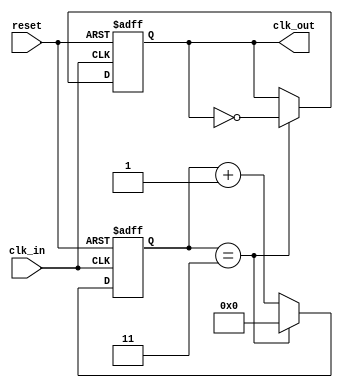
module ClockDivider #(
    parameter DIV_FACTOR = 4  // Default division factor
)(
    input wire clk_in,         // Input clock signal
    input wire reset,          // Asynchronous reset signal
    output reg clk_out         // Output divided clock signal
);

    // Internal counter
    reg [31:0] counter;        // Counter to keep track of clock cycles

    // Always block triggered on the rising edge of the input clock or reset
    always @(posedge clk_in or posedge reset) begin
        if (reset) begin
            counter <= 0;      // Reset the counter
            clk_out <= 0;      // Reset the output clock
        end else begin
            if (counter == (DIV_FACTOR - 1)) begin
                clk_out <= ~clk_out; // Toggle the output clock
                counter <= 0;        // Reset the counter
            end else begin
                counter <= counter + 1; // Increment the counter
            end
        end
    end

endmodule